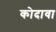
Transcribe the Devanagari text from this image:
कोदावा